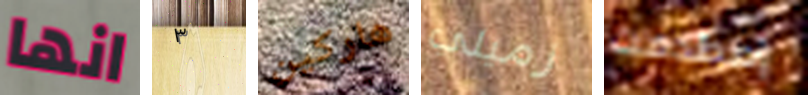
انها ٣ هاركين زميلي إصطدمت